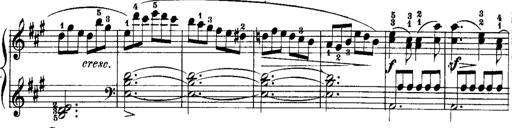
Title: Rondos and Sonatinas for Pianoforte
Composer: Daniel Steibelt